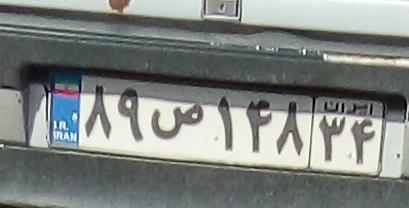
۸۹ص۱۴۸۳۴